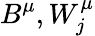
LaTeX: B^{\mu},W_{j}^{\mu}